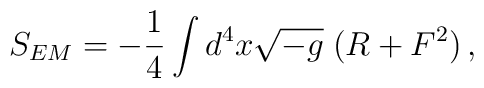
S_{EM}= - {1 \over 4}\int d^4 x\sqrt{-g}\; (R+F^2)\, ,